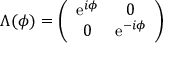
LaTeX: \Lambda ( \phi ) = \left( \begin{array} { c c } { { \mathrm { e } ^ { i \phi } } } & { { 0 } } \\ { { 0 } } & { { \mathrm { e } ^ { - i \phi } } } \end{array} \right)